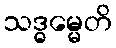
သဒ္ဓမ္မေတိ